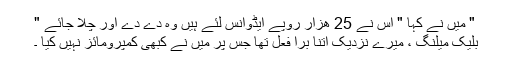
" میں نے کہا " اِس نے 25 ھزار روپے ایڈوانس لئے ہیں وہ دے دے اور چلا جائے "
بلیک میلنگ ، میرے نزدیک اتنا بُرا فعل تھا جس پر میں نے کبھی کمپرومائز نہیں کیا ۔